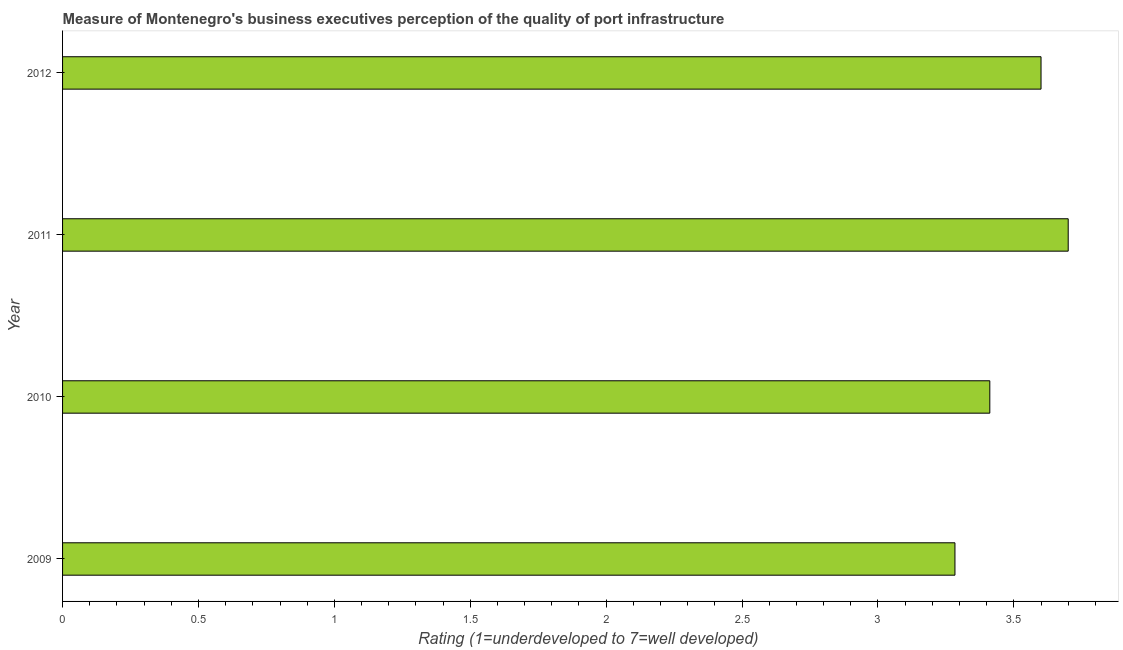
| Year | Quality of port infrastructure |
 | --- | --- |
 | 2009 | 3.28 |
 | 2010 | 3.41 |
 | 2011 | 3.7 |
 | 2012 | 3.6 |